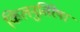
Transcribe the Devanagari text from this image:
किलनुतिरेषा